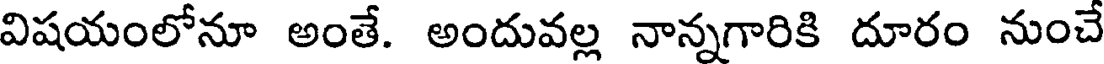
విషయంలోనూ అంతే. అందువల్ల నాన్నగారికి దూరం నుంచే